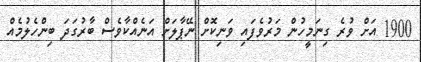
1900 އަށް ވުރެ ގިނަމީހުން މަރުވެފައި ވަނިކޮށް ނޭޕާލަށް އަނެއްކާވެސް ބާރުގަދަ ބިންހެލުމެއް